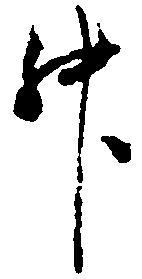
升